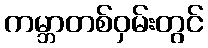
ကမ္ဘာတစ်ဝှမ်းတွင်